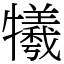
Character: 犧